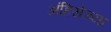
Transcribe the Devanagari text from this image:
अंहिसेच्या